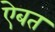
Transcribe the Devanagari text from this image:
ऐबत